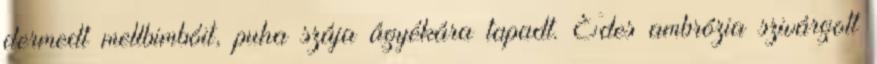
dermedt mellbimbóit, puha szája ágyékára tapadt. Édes ambrózia szivárgott